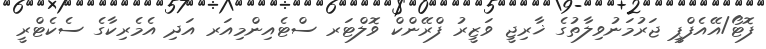
ފޮޓޯ/އޭއެފްޕީ ޖަރުމަނުވިލާތުގެ ޚާރިޖީ ވަޒީރު ފްރޭންކް ވޮލްޓަރ ސްޓެއިންމިއަރ އަދި އެމެރިކާގެ ސެކެޓްރީ